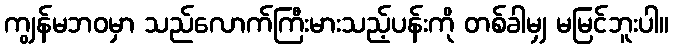
ကျွန်မဘဝမှာ သည်လောက်ကြီးမားသည့်ပန်းကို တစ်ခါမျှ မမြင်ဘူးပါ။